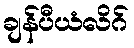
ချန်ပီယံလိဂ်